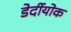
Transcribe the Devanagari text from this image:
डेर्दीयोक